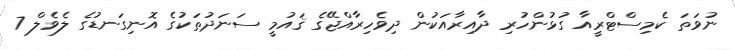
ނުވަތަ ކެމިސްޓްރީއާ ގުޅުންހުރި ދާއިރާއަކުން ދިވެހިރާއްޖޭގެ ޤައުމީ ސަނަދުތަކުގެ އޮނިގަނޑުގެ ލެވެލް 7